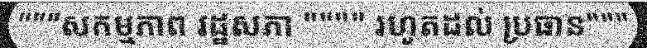
"""សកម្មភាព រដ្ឋសភា """" រហូតដល់ ប្រធាន"""